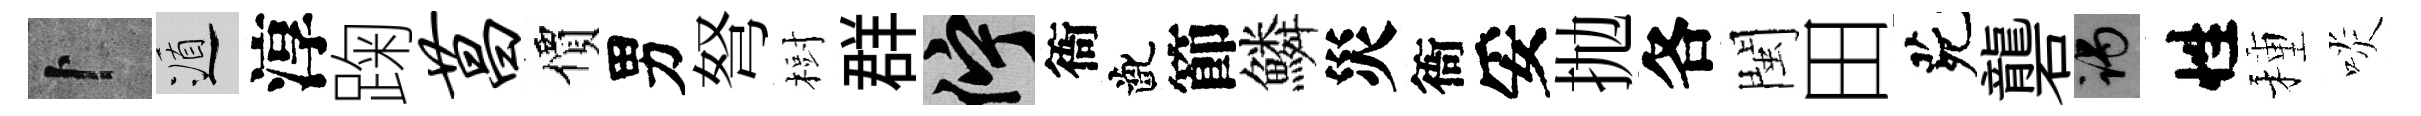
卜遁淳踘菖價男弩𣗳群伫衙齔節鱗災衙妥抛各閩田茕礱谒性種啖